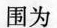
围为（）